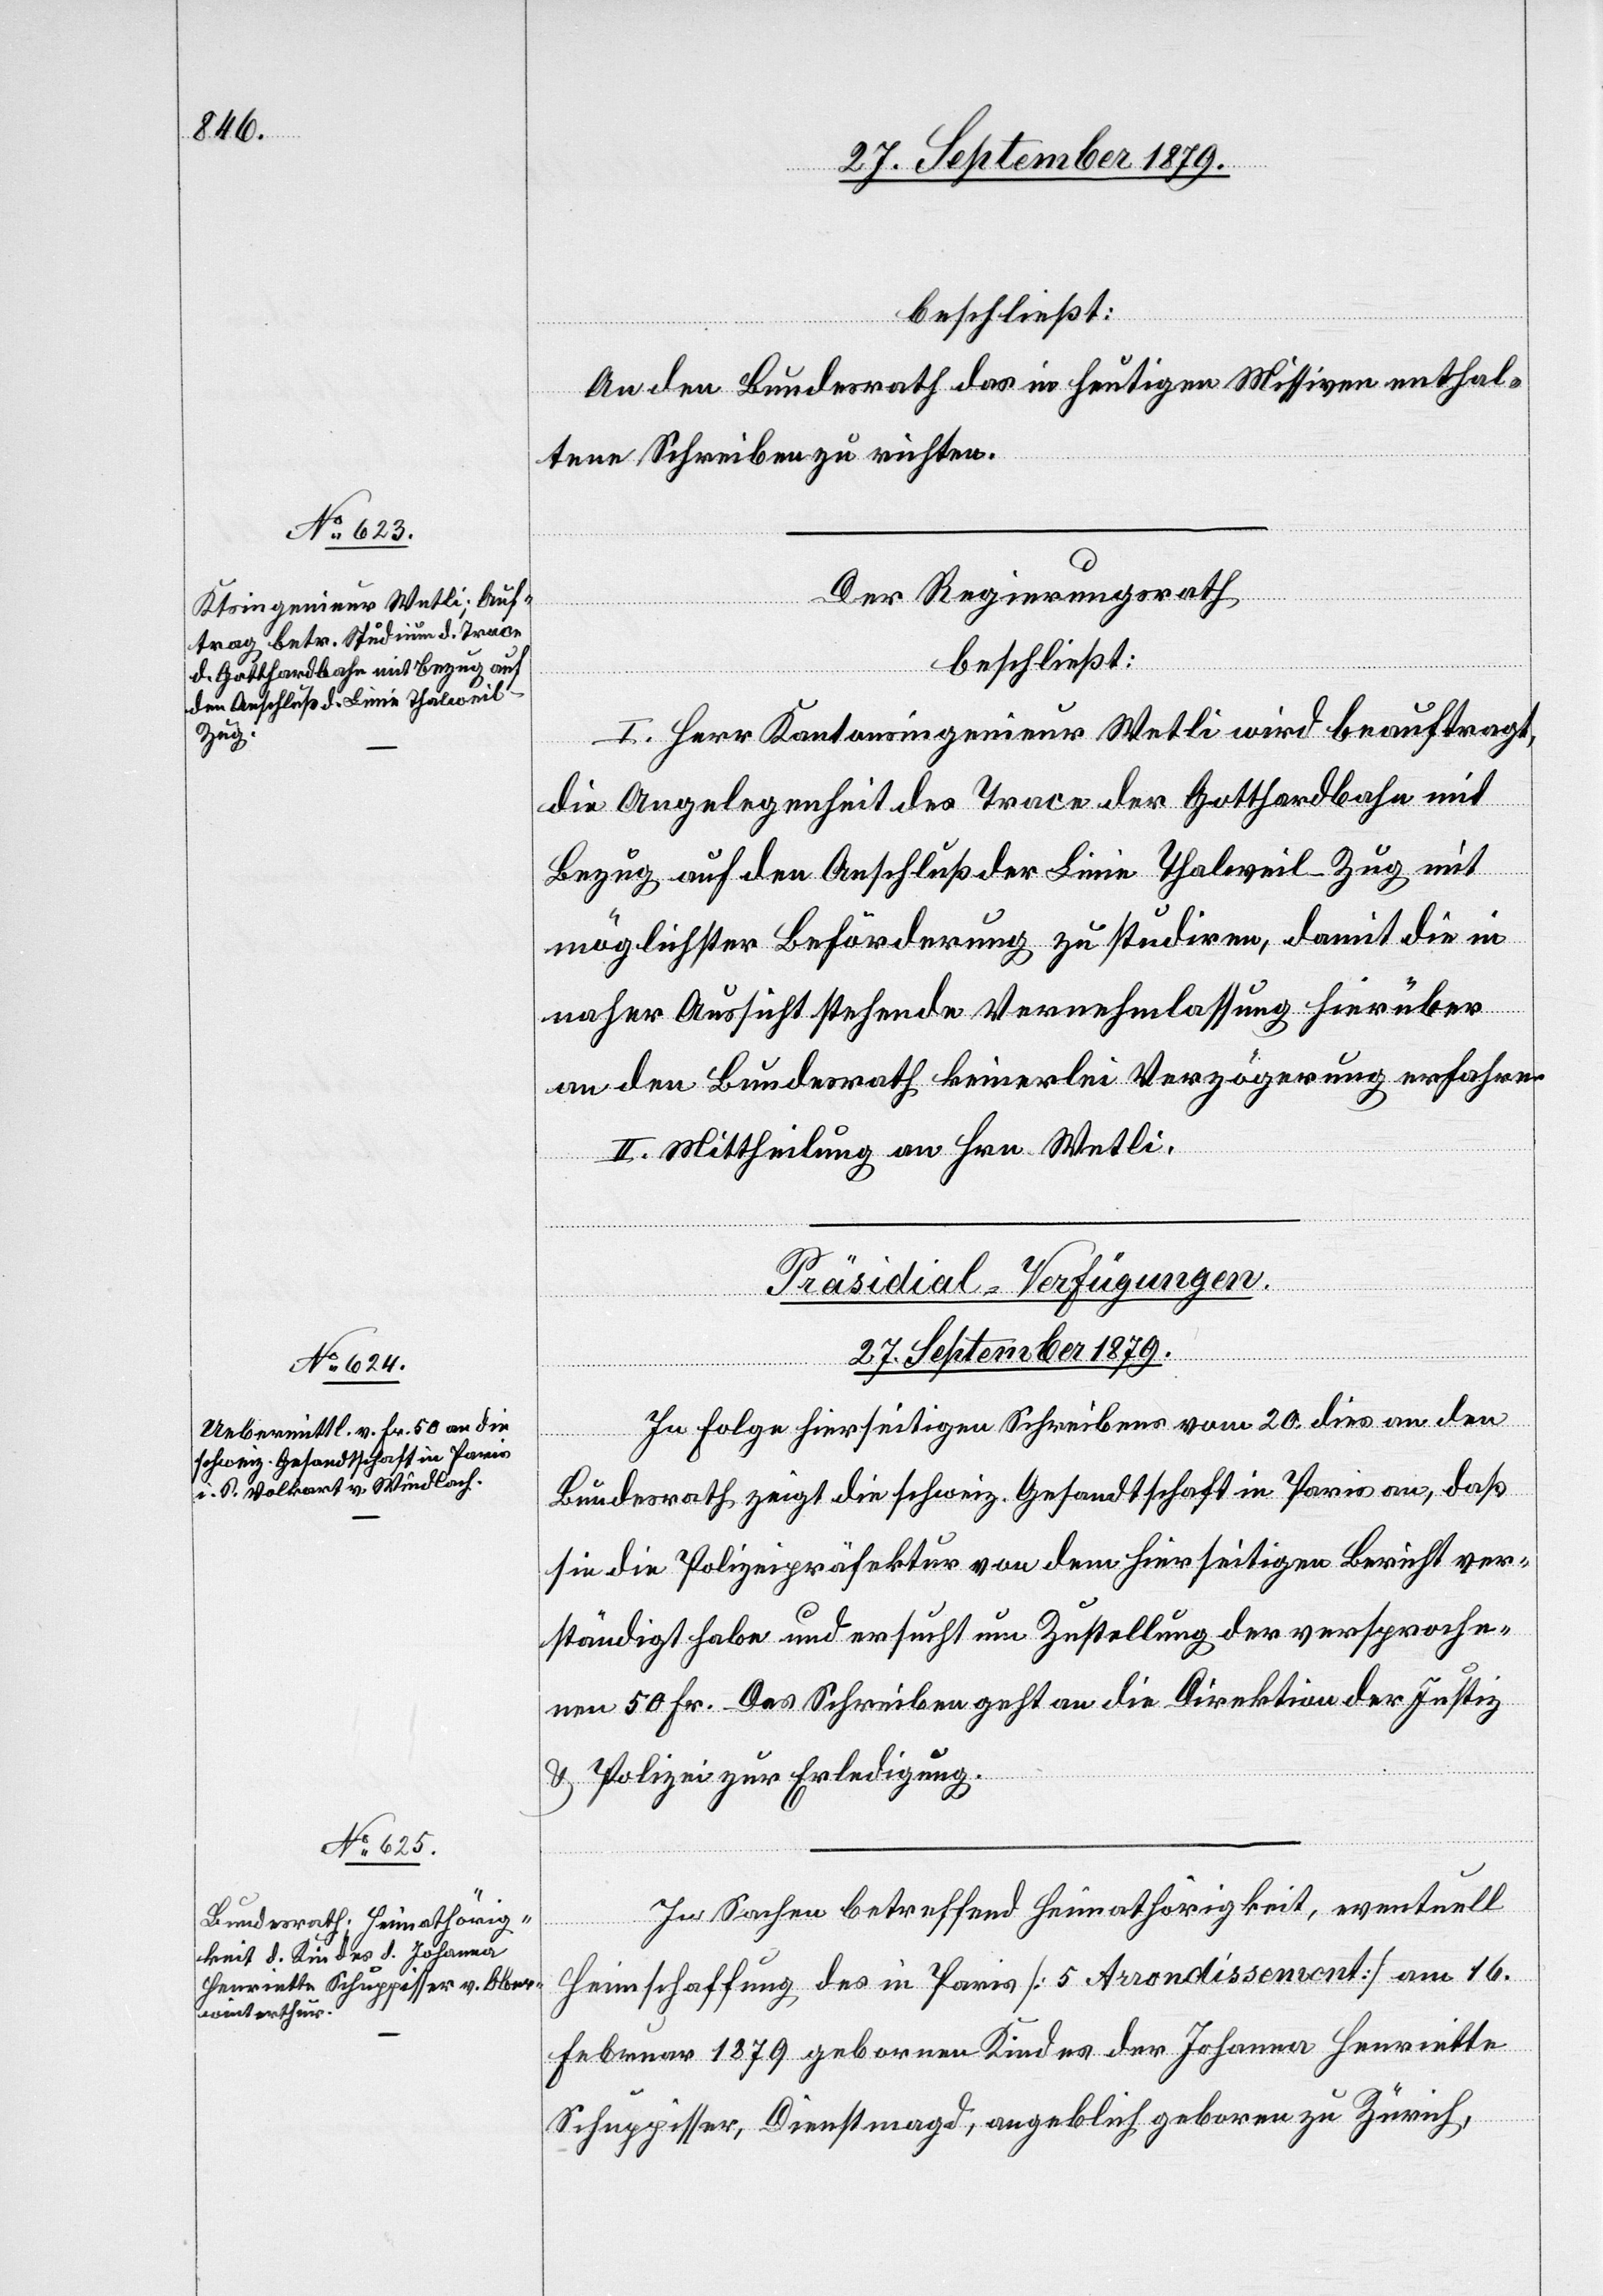
27. September 1879.]
beschließt:
An den Bundesrath das in heutigen Missiven enthal¬
tene Schreiben zu richten.
Der Regierungsrath,
beschließt:
I. Herr Kantonsingenieur Wetli wird beauftragt,
die Angelegenheit der Trace der Gotthardbahn mit
Bezug auf den Anschluß der Linie Thalweil–Zug mit
möglichster Beförderung zu studiren, damit die in
naher Aussicht stehende Vernehmlassung hierüber
an den Bundesrath keinerlei Verzögerung erfahren.
II. Mittheilung an Hrn. Wetli.
[Präsidial-Verfügungen.
In Folge hierseitigen Schreibens vom 20. dies an den
Bundesrath zeigt die schweiz. Gesandtschaft in Paris an, daß
sie die Polizeipräfektur von dem hierseitigen Bericht ver¬
ständigt habe und ersucht um Zustellung der versproche¬
nen 50 Fr. Das Schreiben geht an die Direktion der Justiz
& Polizei zur Erledigung.
In Sachen betreffend Heimathörigkeit, eventuell
Heimschaffung des in Paris [5. Arrondissement] am 16.
Februar 1879 gebornen Kindes der Johanna Henriette
Schuppisser, Dienstmagd, angeblich geboren zu Zürich,